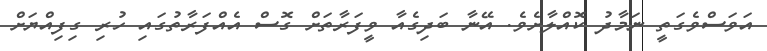
އަވަސްވެގަތީ ނަމާދު ކޮއްލާށެވެ. އޭނާ ބަދިގެއާ ވީފަރާތަށް ގޮސް އެއްފަރާތުގައި ހުރި ގިފިއްޔަށް